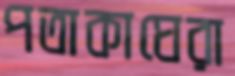
পতাকাঘেরা